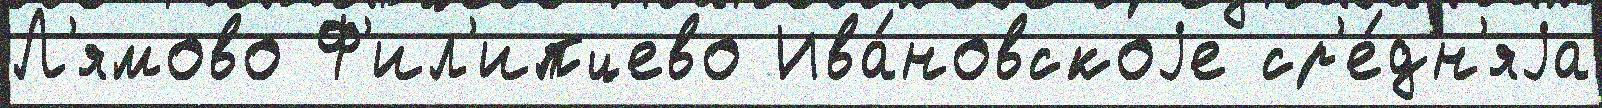
Л'ямово Ф'ил'ипцево Ива́новскоjе ср'е́дн'яjа